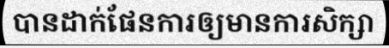
បានដាក់ផែនការឲ្យមានការសិក្សា